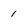
Character: 1